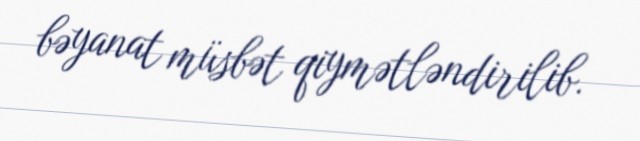
bəyanat müsbət qiymətləndirilib.